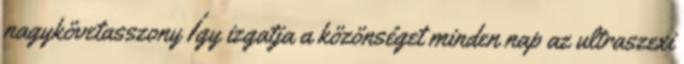
nagykövetasszony Így izgatja a közönséget minden nap az ultraszexi